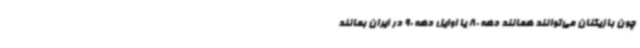
چون بازیکنان می‌توانند همانند دهه 80 یا اوایل دهه 90 در ایران بمانند